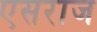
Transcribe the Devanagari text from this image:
एसराज